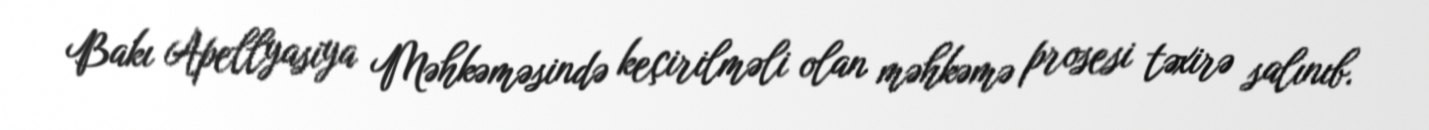
Bakı Apellyasiya Məhkəməsində keçirilməli olan məhkəmə prosesi təxirə salınıb.